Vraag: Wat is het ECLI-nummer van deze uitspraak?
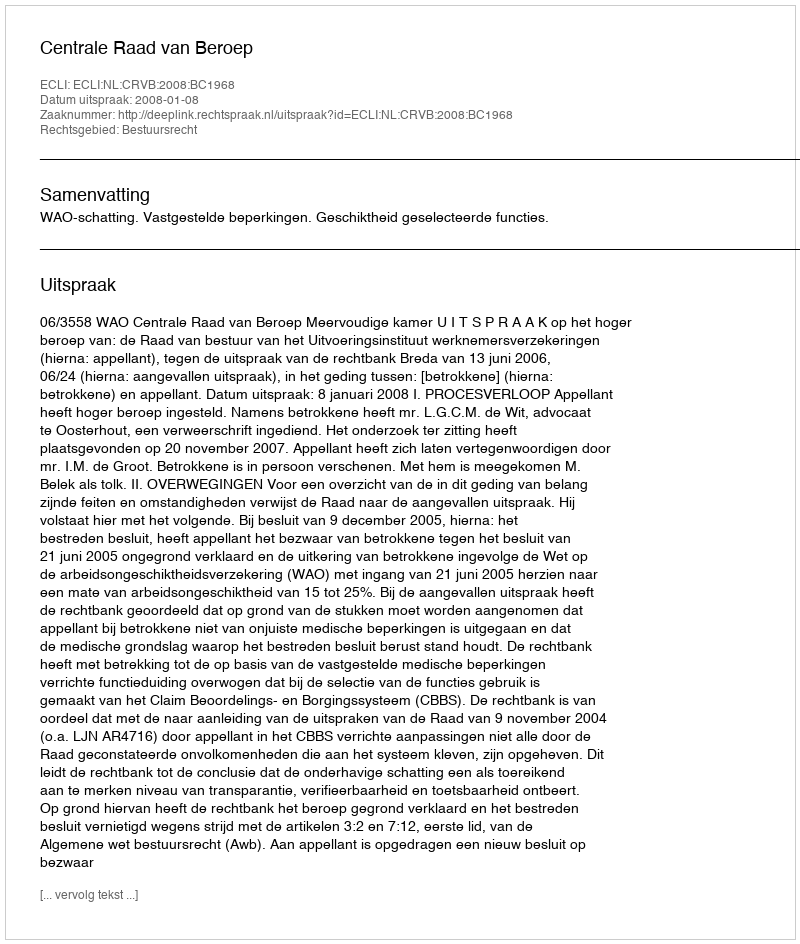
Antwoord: ECLI:NL:CRVB:2008:BC1968